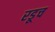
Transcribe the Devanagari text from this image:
रडूच